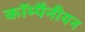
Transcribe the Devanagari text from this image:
कॉम्पैनीयन